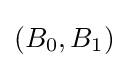
(B_{0},B_{1})